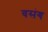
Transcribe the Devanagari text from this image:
वसंग